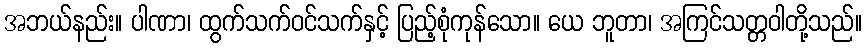
အဘယ်နည်း။ ပါဏာ၊ ထွက်သက်ဝင်သက်နှင့် ပြည့်စုံကုန်သော။ ယေ ဘူတာ၊ အကြင်သတ္တဝါတို့သည်။